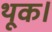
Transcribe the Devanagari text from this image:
थूक।